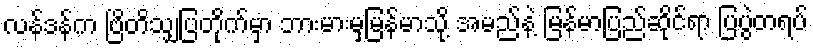
လန်ဒန်က ဗြိတိသျှပြတိုက်မှာ ဘားမားမှမြန်မာသို့ အမည်နဲ့ မြန်မာပြည်ဆိုင်ရာ ပြပွဲတရပ်